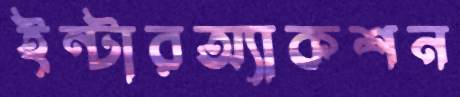
ইন্টারঅ্যাকশন